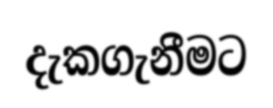
දැකගැනීමට